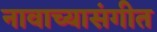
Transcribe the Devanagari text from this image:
नावाच्यासंगीत